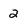
Character: 2